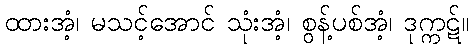
ထားအံ့၊ မသင့်အောင် သုံးအံ့၊ စွန့်ပစ်အံ့၊ ဒုက္ကဋ်။